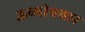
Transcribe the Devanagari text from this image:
ऊष्मोपचार